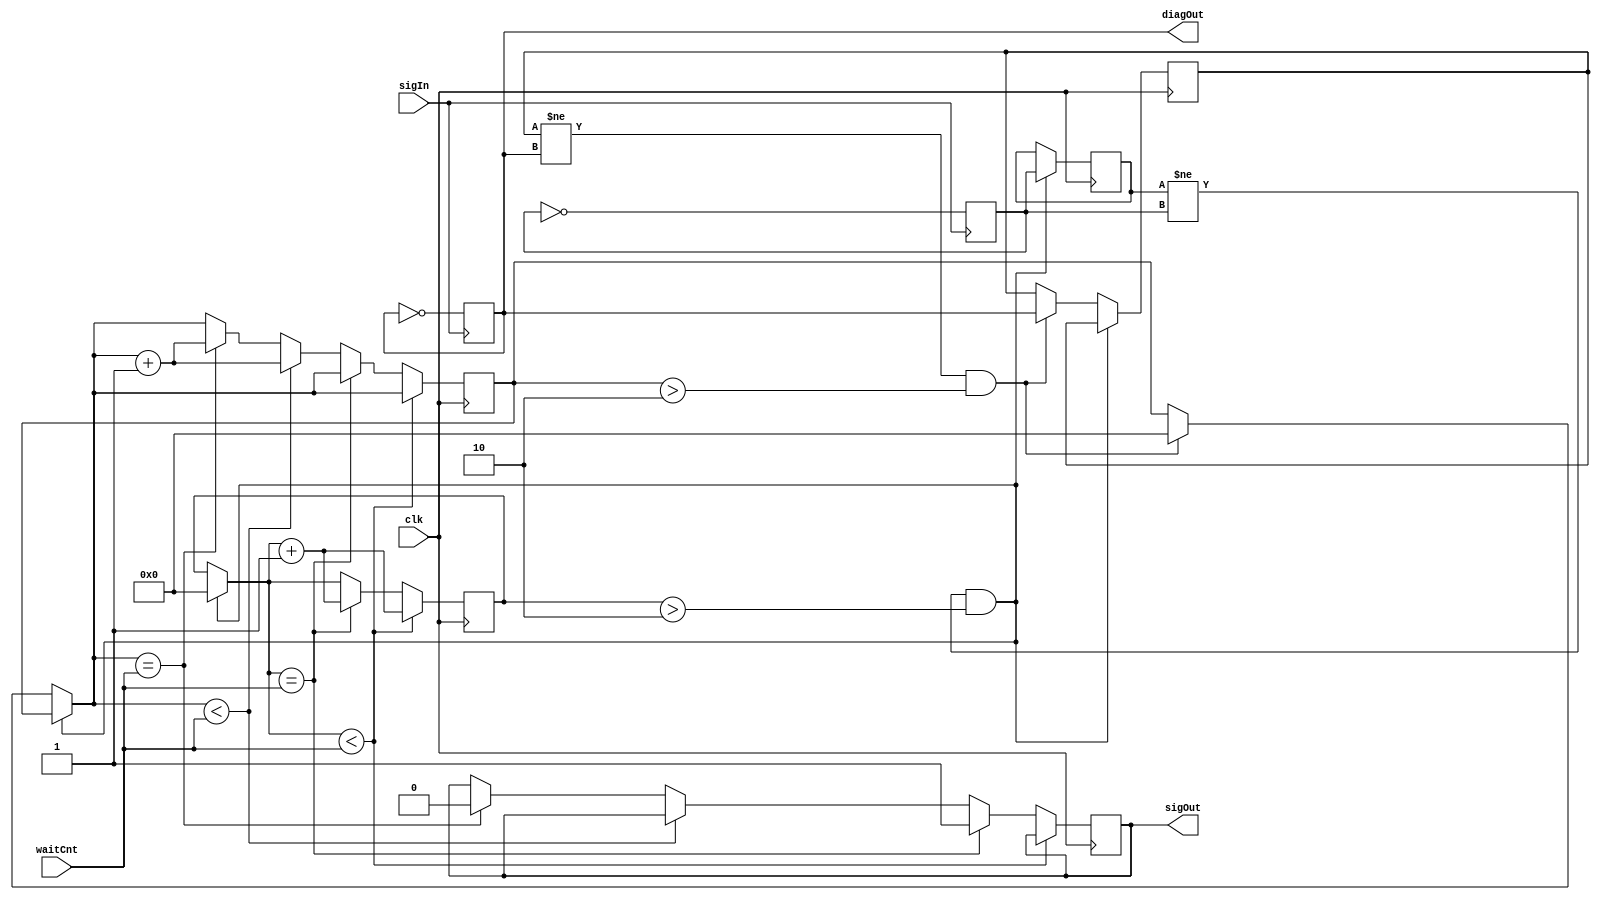
module EdgeDelay(clk, sigIn, waitCnt, sigOut, diagOut);
//module EdgeDelay(clk, sigIn, waitCnt, sigOut);
/***
This module looks at a signal and uses a timer to delay edges.  Once the timer reaches the given number of clock cycles (specified by an input), an output is forced high.

Ted Golfinopoulos, 12 September 2012
***/

parameter WAIT_CNT_SIZE=11;
parameter INVERT_FLAG=1'b0; //If high, invert output.
parameter MIN_WAIT=3'b10; //Minimum number of clock cycles that a state change must hold in order to count as valid.

input clk, sigIn;
input [WAIT_CNT_SIZE-1:0] waitCnt;
output sigOut;
//output divOut;
output diagOut; //Diagnostic output

reg [WAIT_CNT_SIZE-1:0] posEdgeDelayTimer;
reg [WAIT_CNT_SIZE-1:0] negEdgeDelayTimer;

reg sigOutReg;
reg sigLast;
reg sigReg;

reg resetFlag; //Changes state every time positive edge counter is reset.

initial begin
	#0
	sigOutReg=1'b0;
	posEdgeDelayTimer=1'b0;
	negEdgeDelayTimer=1'b0;
	sigLast=1'b0;
end

reg posEdgeReg, posEdgeRegLast, negEdgeReg, negEdgeRegLast;

always @(posedge sigIn) begin
	posEdgeReg=~posEdgeReg;
end

always @(negedge sigIn) begin
	negEdgeReg=~negEdgeReg;
end

//Check for state changes in sigInPosEdge, indicating rising edge in input signal.  Wait a specified delay time, and then impose the corresponding rising edge in the output signal.
always @(posedge clk) begin
	sigReg=sigIn;
	
	if(posEdgeRegLast!=posEdgeReg && posEdgeDelayTimer>MIN_WAIT) begin
		posEdgeDelayTimer=1'b0; //Reset positive edge delay timer.
		posEdgeRegLast=posEdgeReg;
	end else	if(negEdgeRegLast!=negEdgeReg && negEdgeDelayTimer>MIN_WAIT) begin
		negEdgeDelayTimer=1'b0; //Reset positive edge delay timer.
		negEdgeRegLast=negEdgeReg;
		resetFlag=~resetFlag;
	end
	
	/* ** POSITIVE EDGE DELAY ** */
	/*
	if(sigLast>sigReg) begin //Rising edge
		posEdgeDelayTimer=1'b0; //Reset positive edge delay timer.
		sigLast=sigReg; //Update signal register.
	end else if(sigLast<sigReg) begin //Falling edge // ** NEGATIVE EDGE DELAY ** //
		negEdgeDelayTimer=1'b0; //Reset positive edge delay timer.
		sigLast=sigReg; //Update signal register.
		resetFlag=~resetFlag;
	end
	*/
	
	//Delay timer.
	//If timer has been reset, start counting until wait limit is reached.  Then, stop and update output.
	//Since this is the positive edge timer, the update is to force the output high.
	//After the output is forced high, the timer is incremented once more to unlock output.
	if(posEdgeDelayTimer<waitCnt) begin
		posEdgeDelayTimer=posEdgeDelayTimer+1'b1;
	end else if(posEdgeDelayTimer==waitCnt) begin //Leave timer locked at waitCnt
		posEdgeDelayTimer=posEdgeDelayTimer+1'b1;
		sigOutReg=1'b1; //Set output high, effectively delaying rising edge.
	end //Otherwise, don't increment timer any longer, and don't force the output state.
	else

	//Delay timer.
	//If timer has been reset, start counting until wait limit is reached.  Then, stop and update output.
	//Since this is the positive edge timer, the update is to force the output high.
	//After the output is forced high, the timer is incremented once more to unlock output.
	if(negEdgeDelayTimer<waitCnt) begin
		negEdgeDelayTimer=negEdgeDelayTimer+1'b1;
	end else if(negEdgeDelayTimer==waitCnt) begin //Leave timer locked at waitCnt
		negEdgeDelayTimer=negEdgeDelayTimer+1'b1;
		sigOutReg=1'b0; //Set output low, effectively delaying falling edge.
	end //Otherwise, don't increment timer any longer, and don't force the output state.
end

assign sigOut=sigOutReg; //Tie output to sigOutReg register, which is modified in clk always block.
//assign divOut=sigLast; //Diagnostic output.

assign diagOut=negEdgeReg;

endmodule